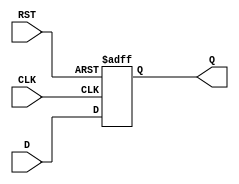
module synchronous_register (
    input wire D,      // Data input
    input wire CLK,    // Clock input
    input wire RST,    // Reset input
    output reg Q       // Data output
);

    // Always block triggered on the rising edge of CLK or the active low reset (RST)
    always @(posedge CLK or posedge RST) begin
        if (RST) begin
            Q <= 1'b0; // Set output Q to 0 when reset is active
        end else begin
            Q <= D;    // Store the value of D on the rising edge of CLK
        end
    end

endmodule